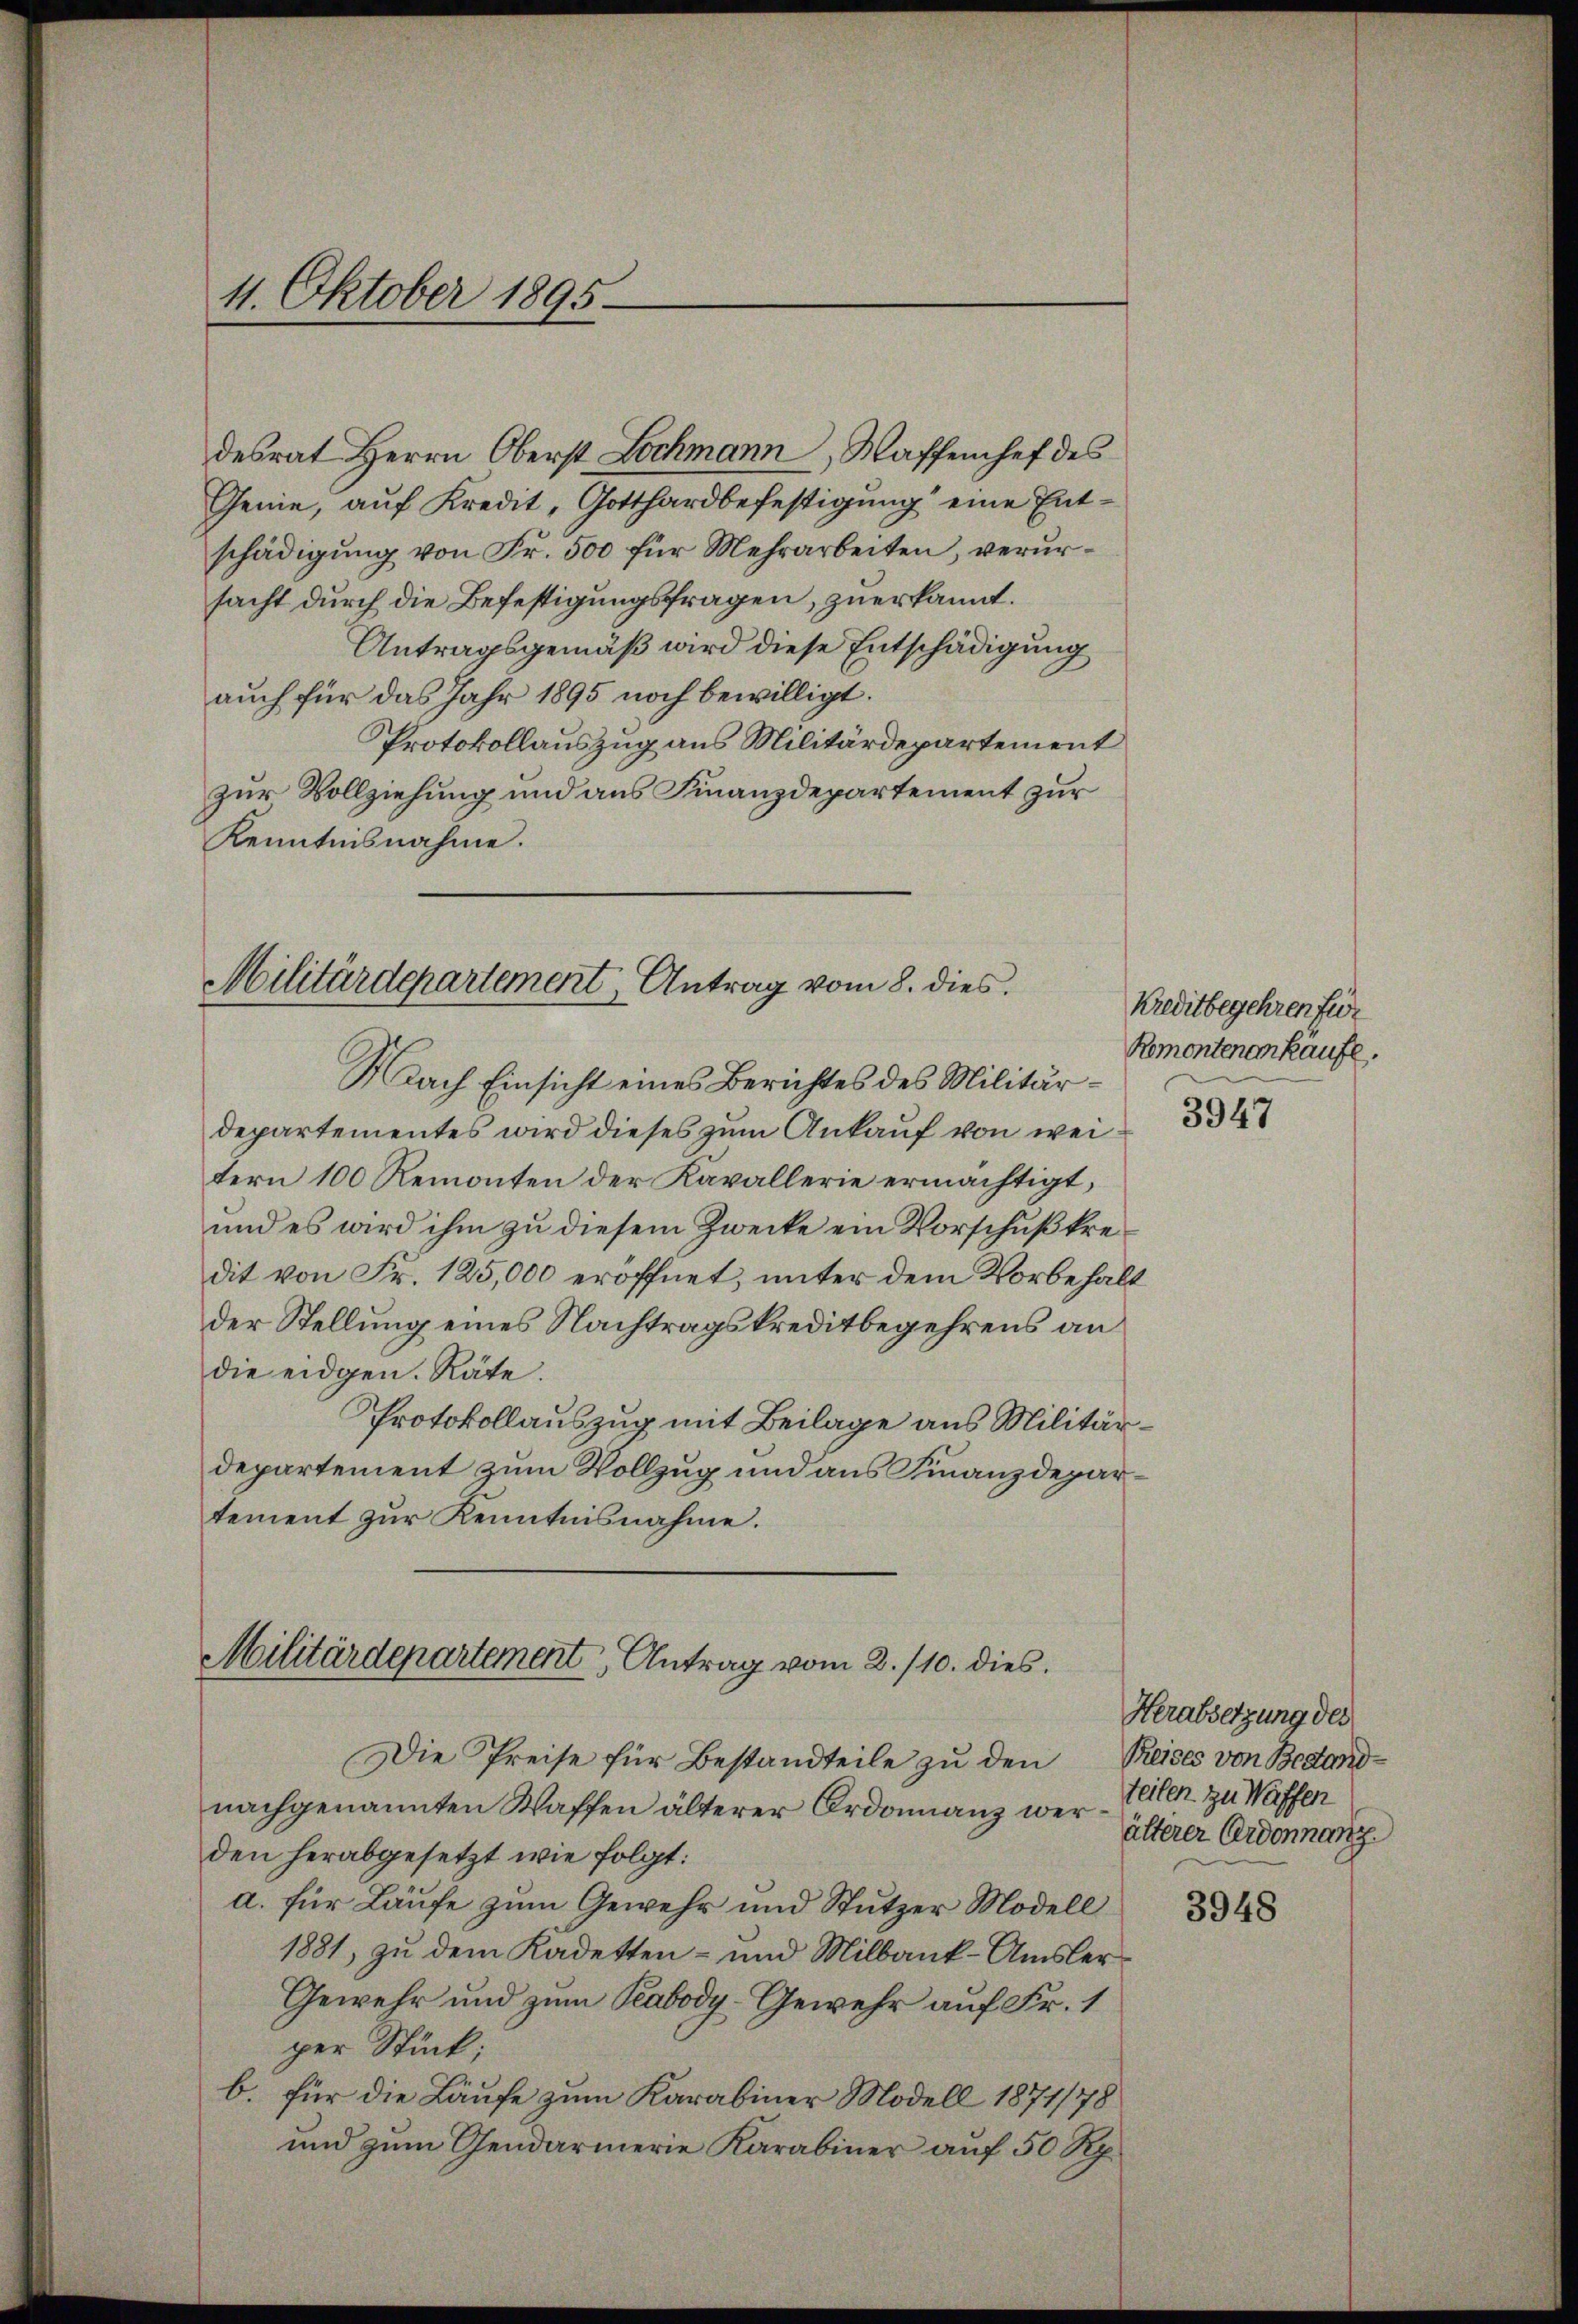
11. Oktober 1895

desrat Herrn Oberst Lochmann, Waffenhef des
Genie, auf Kredit, Gotthardbefestigung eine Entschädigung von Fr. 500 für Mehrarbeiten, verursacht durch die Befestigungsfragen, zuerkannt.
Antragsgemäß wird diese Entschädigung
auch für das Jahr 1895 noch bewilligt.
Protokollauszug aus Militärdepartement
zur Vollziehung und aus Finanzdepartement zur
Kenntnisnahme.

Militärdepartement, Antrag vom 8. dies

Militärdepartement Antrag vom 2./10. dies

Die Preise für Bestandteile zu den
nachgenannten Waffen älterer Ordonnanz wer- Peten zu Waffen
den herabgesetzt wie folgt:
a. für Laufe zum Gewehr und Stutzer Modell
1881, zu dem Kadetten- und Milbank-Amsler¬
Gewehr und zum Peabody-Gewehr auf Fr. 1
per Stück;
b. für die Läufe zum Karabiner Modell 1877/78
und zum Gendarmerie Karabiner auf 50 Rp.

Nach Einsicht eines Berichtes des Militärdepartementes wird dieses zum Ankauf von weitern 100 Remonten der Kavallerie ermächtigt,
und es wird ihm zu diesem Zwecke ein Vorschußkredit von Fr. 125,000 eröffnet, unter dem Vorbehalt
der Stellung eines Nachtragskreditbegehrens an
die eidgen. Räte.
Protokollauszug mit Beilage aus Militärdepartement zum Vollzug und aus Finanzdepartement zur Kenntnisnahme.

Kreditbegehren für
Remontenankäufe.

3947

Herabsetzung des
Preises von Bestand
älterer Erdonnang

3948